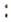
: